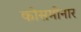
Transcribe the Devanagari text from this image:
कोसमीनार